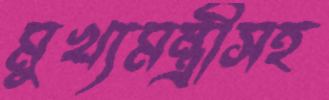
মুখ্যমন্ত্রীসহ